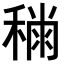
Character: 𥡎